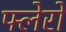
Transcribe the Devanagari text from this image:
फ्लेरो